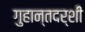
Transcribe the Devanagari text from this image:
गुहान्तदर्शी